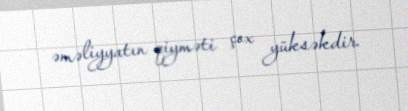
əməliyyatın qiyməti çox yüksəkdir.